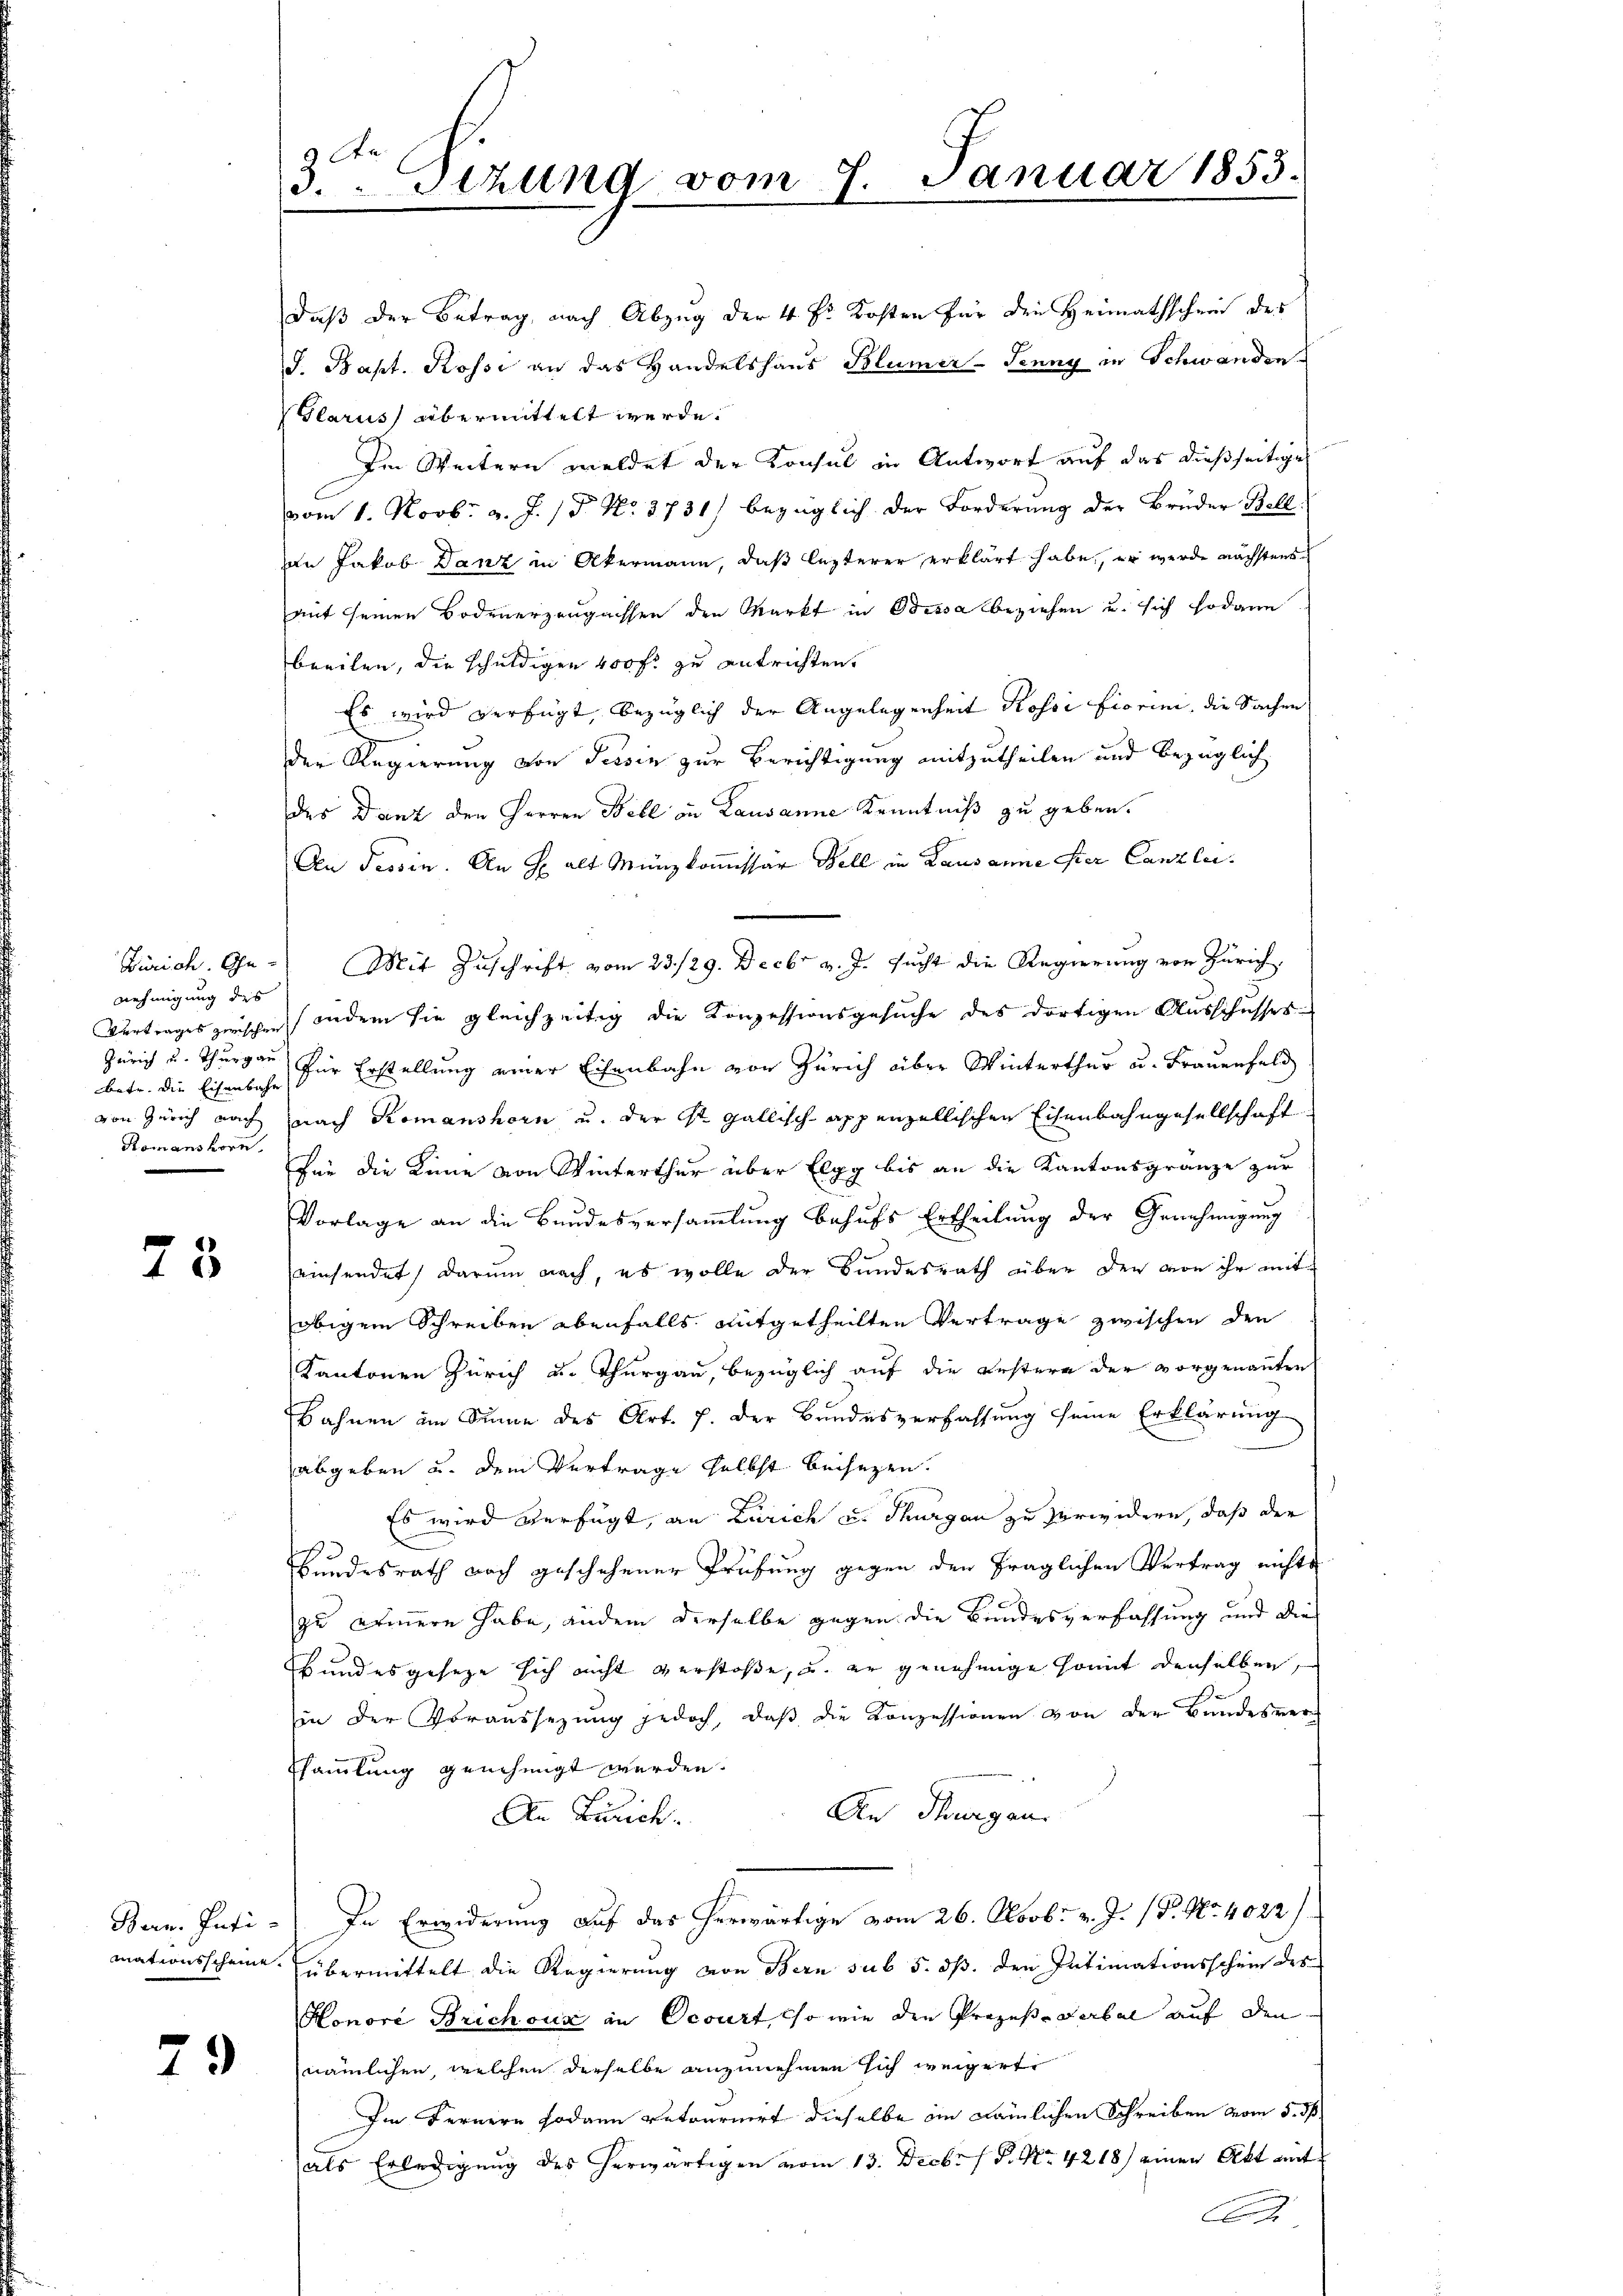
nehmigung des
betr. die Eisenbahn
Romanshorn.

25

79

3.Stzung vom 7. Januar 1853.

daß der Betrag, nach Abzug der 4 Fr. Kosten für den Heimathschein des
J. Bapt. Rosse an das Handelshaus Blümer- Jenny in Schwanden
Glarus übermittelt werde.
Im Weitern meldet der Konsul in Antwort auf das dießseitiges
vom 1. Novbr. v. J. / 5. No. 3731) bezüglich der Forderung der Brüder Bell
an Jakob Danz in Akermann, daß lezterer erklärt habe, er wurde nächstens
mit seinen Bodenerzeugnissen den Markt in Odessa beziehen u. sich sodann
breiten, die schuldigen 400 fl zu entrichten.
Es wird verfügt, bezüglich der Angelegenheit Rossi Fiorini, die Sachen
der Regierung von Tessin zur Berichtigung mitzutheilen und bezüglich
des Danz den Herren Bell in Lausanne Kenntniß zu geben.
An Tessin. An Halt Münzkommissär Bell in Lausanne der Canzlei.
Zürich. Ge- Mit Zuschrift vom 23./29. Decbr v. J. sucht die Regierung von Zürich
Vertrages zwischen indem sie gleichzeitig die Konzessionsgesuche des dortigen Ausschusses-
Zürich u. Thurgau für Erstellung einer Eisenbahn von Zürich über Winterthur u. Frauenfeld
von Zürich nach nach Komanshorn u. der St. Gallisch-Appenzellischen Eisenbahngesellschaft
für die Kinne von Winterthur über Elgg bis an die Kantonsgränze zur
Vorlage an die Bundesversammlung behufs Ertheilung der Genehmigung
einsendet, darum nach, es wolle der Bundesrath über den von ihr mitobigem Schreiben ebenfalls mitgetheilten Vertrage zwischen den
Kantonen Zürich u. Thurgau, bezüglich auf die Bestern der vorgenannten
Bahnen im Sinne des Art. 7. der Bundesverfassung seine Erklärung
abgeben u. dem Vertrage selbst beisezen.
Es wird verfügt, an Zürich u. Thurgan zu verwidern, daß der
Bundesrath noch geschehener Prüfung gegen den fraglichen Vertrag nichts
zu armern habe, andern derselbe gegen die Bundesverfassung und die
bundesgeseze sich nicht verstoße, u. er genehmige somit denselben,
in der Voraussetzŭng jedoch, daβ die Konzessionen von der Bundesver-
ssammlung genehmigt werden.
An Klagen.
An Zürich.
Bern. Inti- In Erwiderung auf das herwärtige vom 26. Novbr. v. J. P. Nr. 4022/
mationsscheine Übermittelt die Regierung von Bern sub 5. ds. den Intimationsschein des
Honore Brichoux an Ocourt, so wie den Prozes-Verbal auf den
nämlichen, welchen derselbe anzunehmen sich weigert
Im Fernern sodann retournirt dieselbe im nämlichen Schreiben vom 5. dß.
als Erledigung des herwärtigen vom 13. Decbr. / P. Nr. 4218) einen Akt mit
A